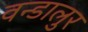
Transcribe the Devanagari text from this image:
वन्डालुर